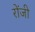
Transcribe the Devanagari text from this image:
रोंजी